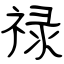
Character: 禄